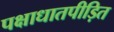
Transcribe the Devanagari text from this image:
पक्षाधातपीड़ित